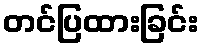
တင်ပြထားခြင်း